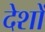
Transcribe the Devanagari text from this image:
देशों